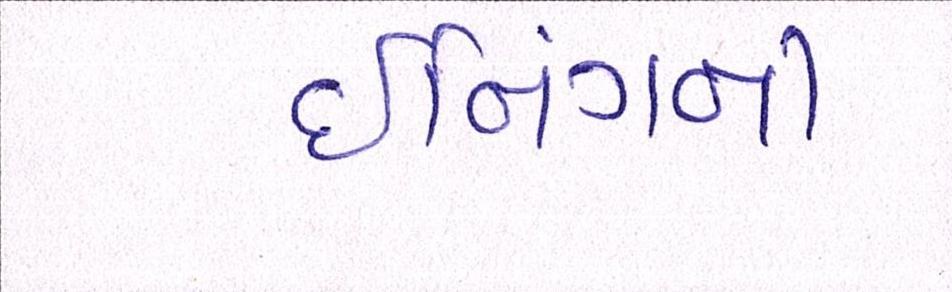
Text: ઈનિંગની